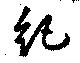
紀